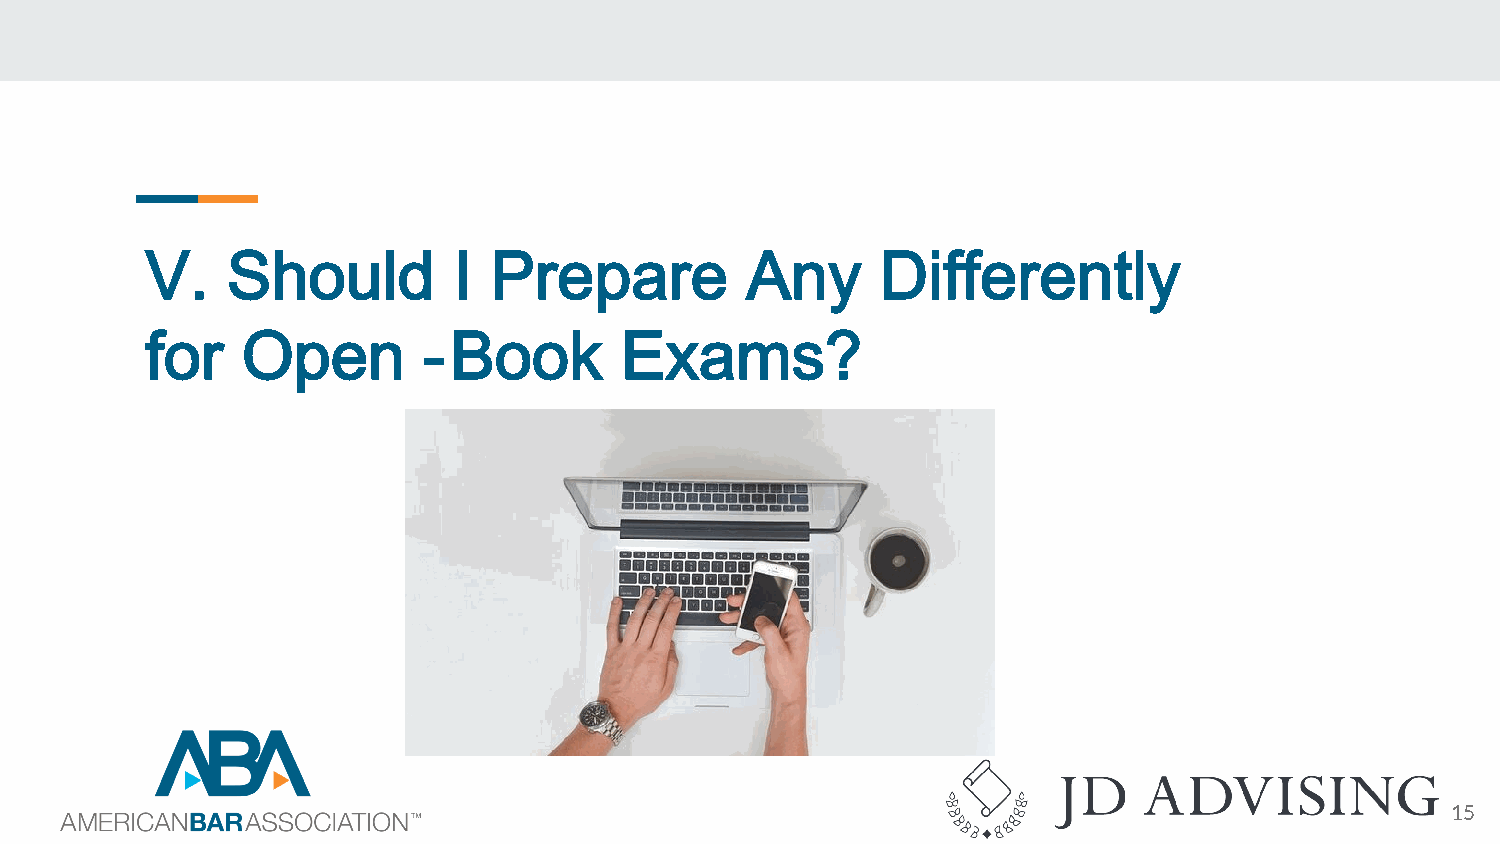
V.   Should         I Prepare          Any      Differently
 for   Open        -Book        Exams?
 15